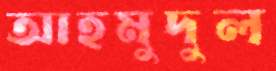
আহমুদুল